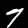
Label: 7